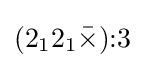
(2_{1}2_{1}{\bar {\times }}){:}3